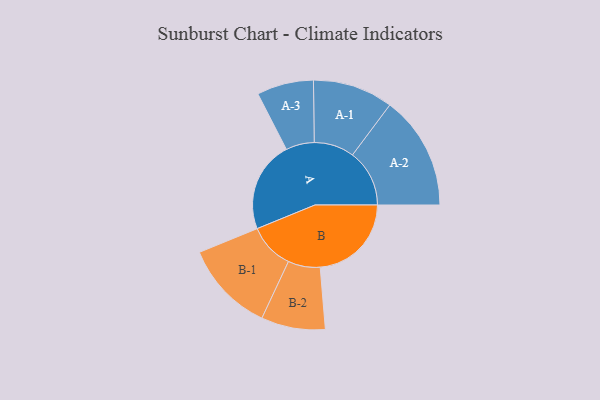
{"axis": {"x": "Segment", "y": "Value"}, "legend": ["", "A", "B"], "data": [{"x": "A", "y": 449, "type": ""}, {"x": "B", "y": 450, "type": ""}, {"x": "A-1", "y": 198, "type": "A"}, {"x": "A-2", "y": 281, "type": "A"}, {"x": "A-3", "y": 140, "type": "A"}, {"x": "B-1", "y": 225, "type": "B"}, {"x": "B-2", "y": 158, "type": "B"}]}